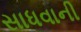
સાધવાની